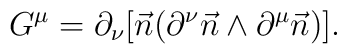
G^\mu=\partial_\nu[\vec{n}(\partial^\nu\vec{n}\wedge\partial^\mu\vec{n})].